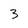
Character: 3